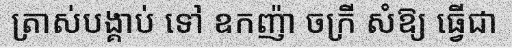
ត្រាស់បង្គាប់ ទៅ ឧកញ៉ា ចក្រី សំឱ្យ ធ្វើជា